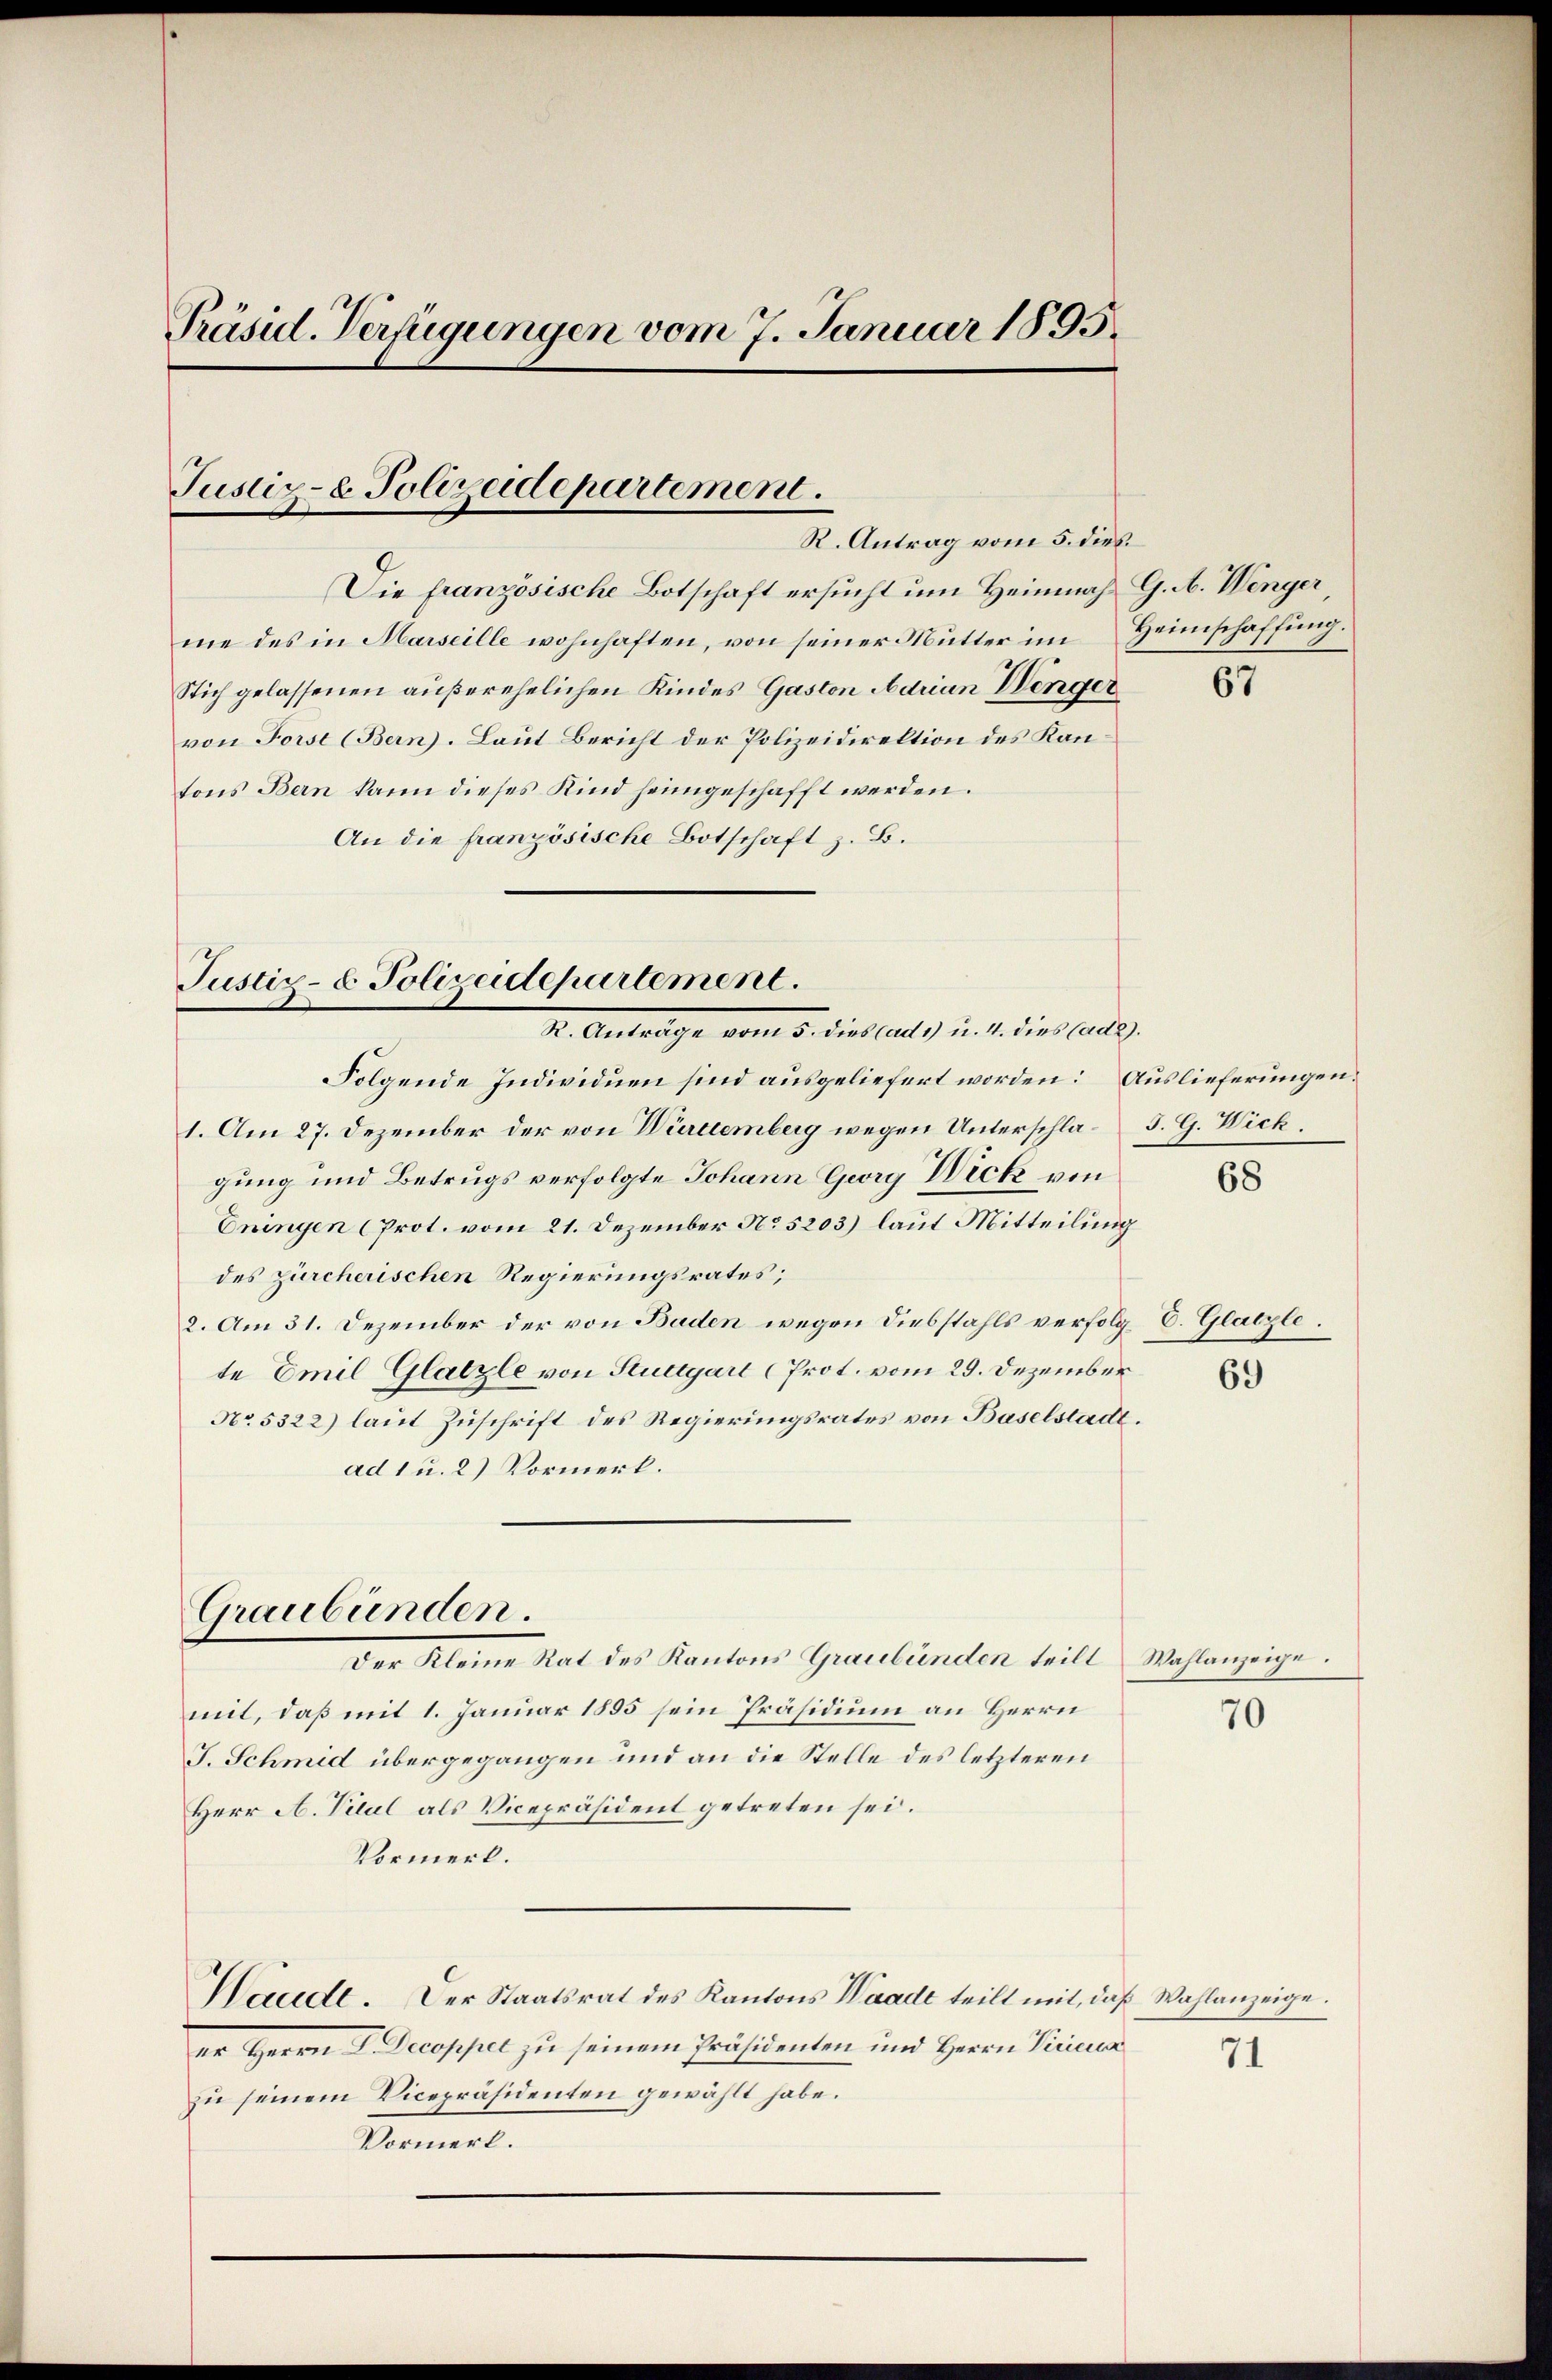
Präsid. Verfügungen vom 7. Januar 1895.

Justiz- & Polizeidepartement.
R. Antrag vom 5. dies

Die französische Botschaft ersucht um Heimnach G. A. Wenger
me des in Marseille wohnhaften, von seiner Mutter im Heimschaffung.
Stich gelassenen außerehelichen Kindes Gaston Adrian Winger
von Forst (Bern). Laut Bericht der Polizeidirektion des Kantons Bern kann dieses Kind heimgeschafft werden.
An die französische Botschaft z. B.

Justiz- & Polizeidepartement.
I. Antrage vom 5. dies laut.) u. 1. dies aus.

Graubünden.

1. Am 27. Dezember der von Würtemberg wegen Unterschla- J. G. Wick.
gung und Betrugs verfolgte Johann Georg Dick von
Eningen (Prot. vom 21. Dezember No. 5203) laut Mitteilung
des zürcherischen Regierungsrates;
2. Am 31. Dezember der von Baden wegen Diebstahls verfolgte Emil Glatzle von Stuttgart (Prot. vom 29. Dezember
No. 5322) laut Zuschrift des Regierungsrates von Baselstadt.
ad 1 u. 2) Vormerk.

Folgende Individuen sind ausgeliefert worden: Auslieferungen.

Der Kleine Rat des Kantons Graubünden teilt
mit, daß mit 1. Januar 1895 sein Präsidium an Herrn
J. Schmid übergegangen und an die Stelle des letzteren
Herr A. Titul als Vicepräsident getreten sei.
Vormerk.
Haude. Der Staatsrat des Kantons Waadt teilt mit, daß Wahlanzeige
er Herrn L. Decoppel zu seinem Präsidenten und Herrn Vicicua
zu seinem Vicepräsidenten gewählt habe.
Vormerk.

67

68

C. Glatzle

69

Wahlanzeige.

70

71